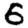
Digit: 6